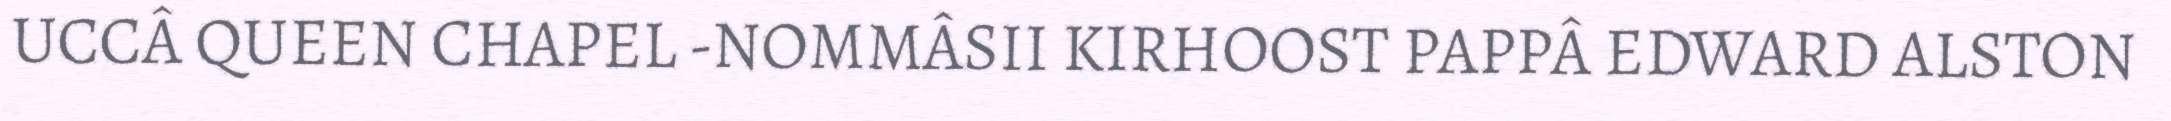
UCCÂ QUEEN CHAPEL -NOMMÂSII KIRHOOST PAPPÂ EDWARD ALSTON